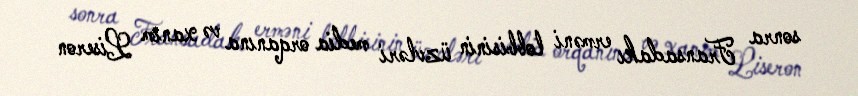
sonra Fransadakı erməni lobbisinin üzvləri media orqanına və xanım Liseron